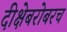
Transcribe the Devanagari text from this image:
दीक्षेबरोबरच